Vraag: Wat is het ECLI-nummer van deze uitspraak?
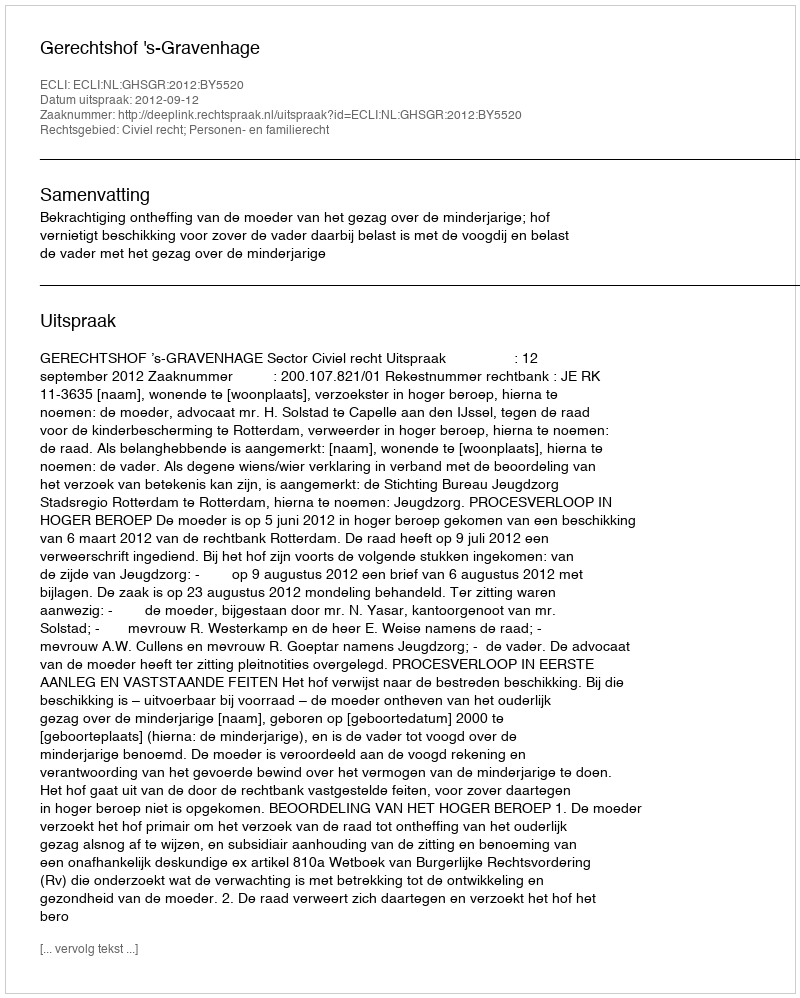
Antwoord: ECLI:NL:GHSGR:2012:BY5520